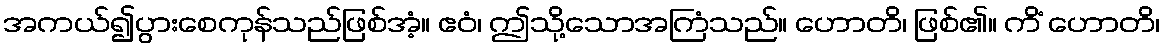
အကယ်၍ပွားစေကုန်သည်ဖြစ်အံ့။ ဧဝံ၊ ဤသို့သောအကြံသည်။ ဟောတိ၊ ဖြစ်၏။ ကိံ ဟောတိ၊